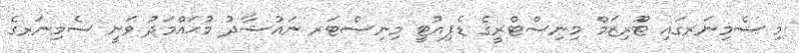
މި ސެމިނަރގައި ޓޫރިޒަމް މިނިސްޓްރީގެ ޑެޕިއުޓީ މިނިސްޓަރ ނައުޝާދު މުޙައްމަދު ވަނީ ސެމިނަރގެ